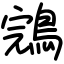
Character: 鵍